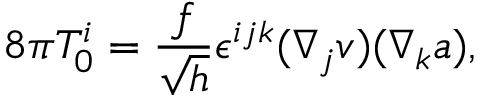
8 \pi T _ { 0 } ^ { i } = \frac { f } { \sqrt { h } } \epsilon ^ { i j k } ( \nabla _ { j } v ) ( \nabla _ { k } a ) ,